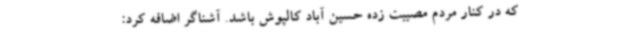
که در کنار مردم‌ مصیبت زده حسین آباد کالپوش باشد. آشناگر اضافه کرد: